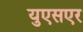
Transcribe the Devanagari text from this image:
युएसएर